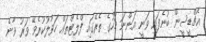
އެޗްޑީސީން ބުނެފައި ވަނީ އަންނަ މަހުގެ ތެރޭގައި ފްލެޓްތައް ހަވާލުކުރެވޭ ވަރު ވާނެ